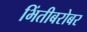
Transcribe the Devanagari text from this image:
भिंतीबरोबर